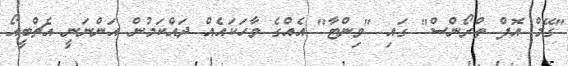
"ގޭމް އޮފް ތްރޯންސް" ގައި "ވިންޓާ" އެއްގެ ވާހަކައެއް ދައްކަމުން އަންނަނީ އެޗްބީއޯ